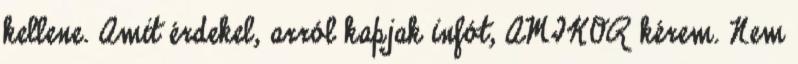
kellene. Amit érdekel, arról kapjak infót, AMIKOR kérem. Nem